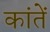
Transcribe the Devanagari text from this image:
कांतें